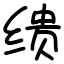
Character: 缋